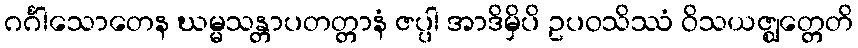
ဂင်္ဂါသောတေန ဃမ္မသန္တာပတတ္တာနံ ဇပ္ပါ အာဒိမှိပိ ဥပဝသိဿံ ဝိသယဇ္ဈတ္တေတိ